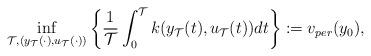
LaTeX: \begin{align*}\inf_{\mathcal{T},\left(y_{\mathcal{T}}(\cdot),u_{\mathcal{T}}(\cdot)\right) }\left\{\frac{1}{\mathcal{T}}\int_0^{\mathcal{T}} k(y_{\mathcal{T}}(t),u_{\mathcal{T}}(t))dt \right\} :=v_{per}(y_0),\end{align*}